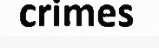
crimes